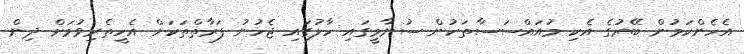
އެހެންކަމުން ބޭރުގެ އެކި މުއައްސަސާތަކުން ސުނާމީގައި ހާލުގައި ޖެހުނު ފަރާތްތަކަށް އެހީތެރިވުމަށް ދިން